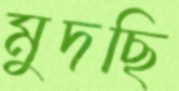
মুদছি